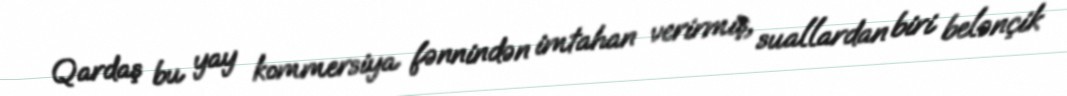
Qardaş bu yay kommersiya fənnindən imtahan verirmiş, suallardan biri belənçik